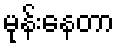
မုန်းနေတာ